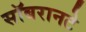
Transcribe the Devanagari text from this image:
सॉबरानटे